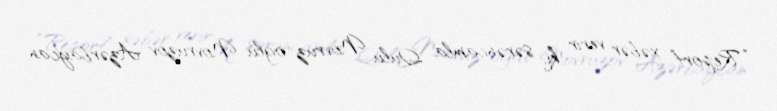
“Report” xəbər verir ki, sərəncamla Qulu Novruz oğlu Novruzov Azərbaycan